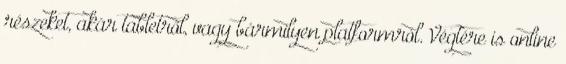
részeket, akár tabletről, vagy bármilyen platformról. Végtére is online